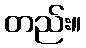
တည်း။